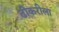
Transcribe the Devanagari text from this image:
ढोकरीला